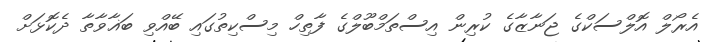
އެރޯލް އޮލްސަކްގެ ޖަނާޒާގެ ކުރިން އިސްތަމްބޫލްގެ ފާތިހް މިސްކިތުގައި ބޭއްވި ބަޣާވާތާ ދެކޮޅަށް